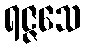
ရဇ္ဇသေ